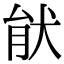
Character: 𤞣